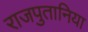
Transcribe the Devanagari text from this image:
राजपुतानिया